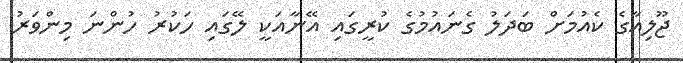
ޖޫލިއާގެ ކެއުމަށް ބަދަލު ގެނައުމުގެ ކުރީގައި އޭނާއަކީ ލޭގައި ހަކުރު ހުންނަ މިންވަރު